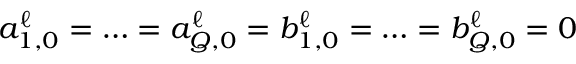
a _ { 1 , 0 } ^ { \ell } = \ldots = a _ { Q , 0 } ^ { \ell } = b _ { 1 , 0 } ^ { \ell } = \ldots = b _ { Q , 0 } ^ { \ell } = 0